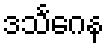
ဒသင်္ဂေန